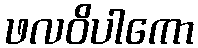
ဖလဝိပါကော